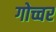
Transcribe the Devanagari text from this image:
गोच्चर